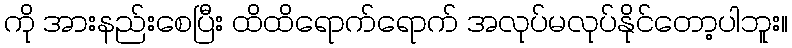
ကို အားနည်းစေပြီး ထိထိရောက်ရောက် အလုပ်မလုပ်နိုင်တော့ပါဘူး။